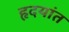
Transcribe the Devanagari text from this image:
हृदयांत